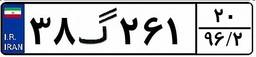
۳۸گ۲۶۱۲۰